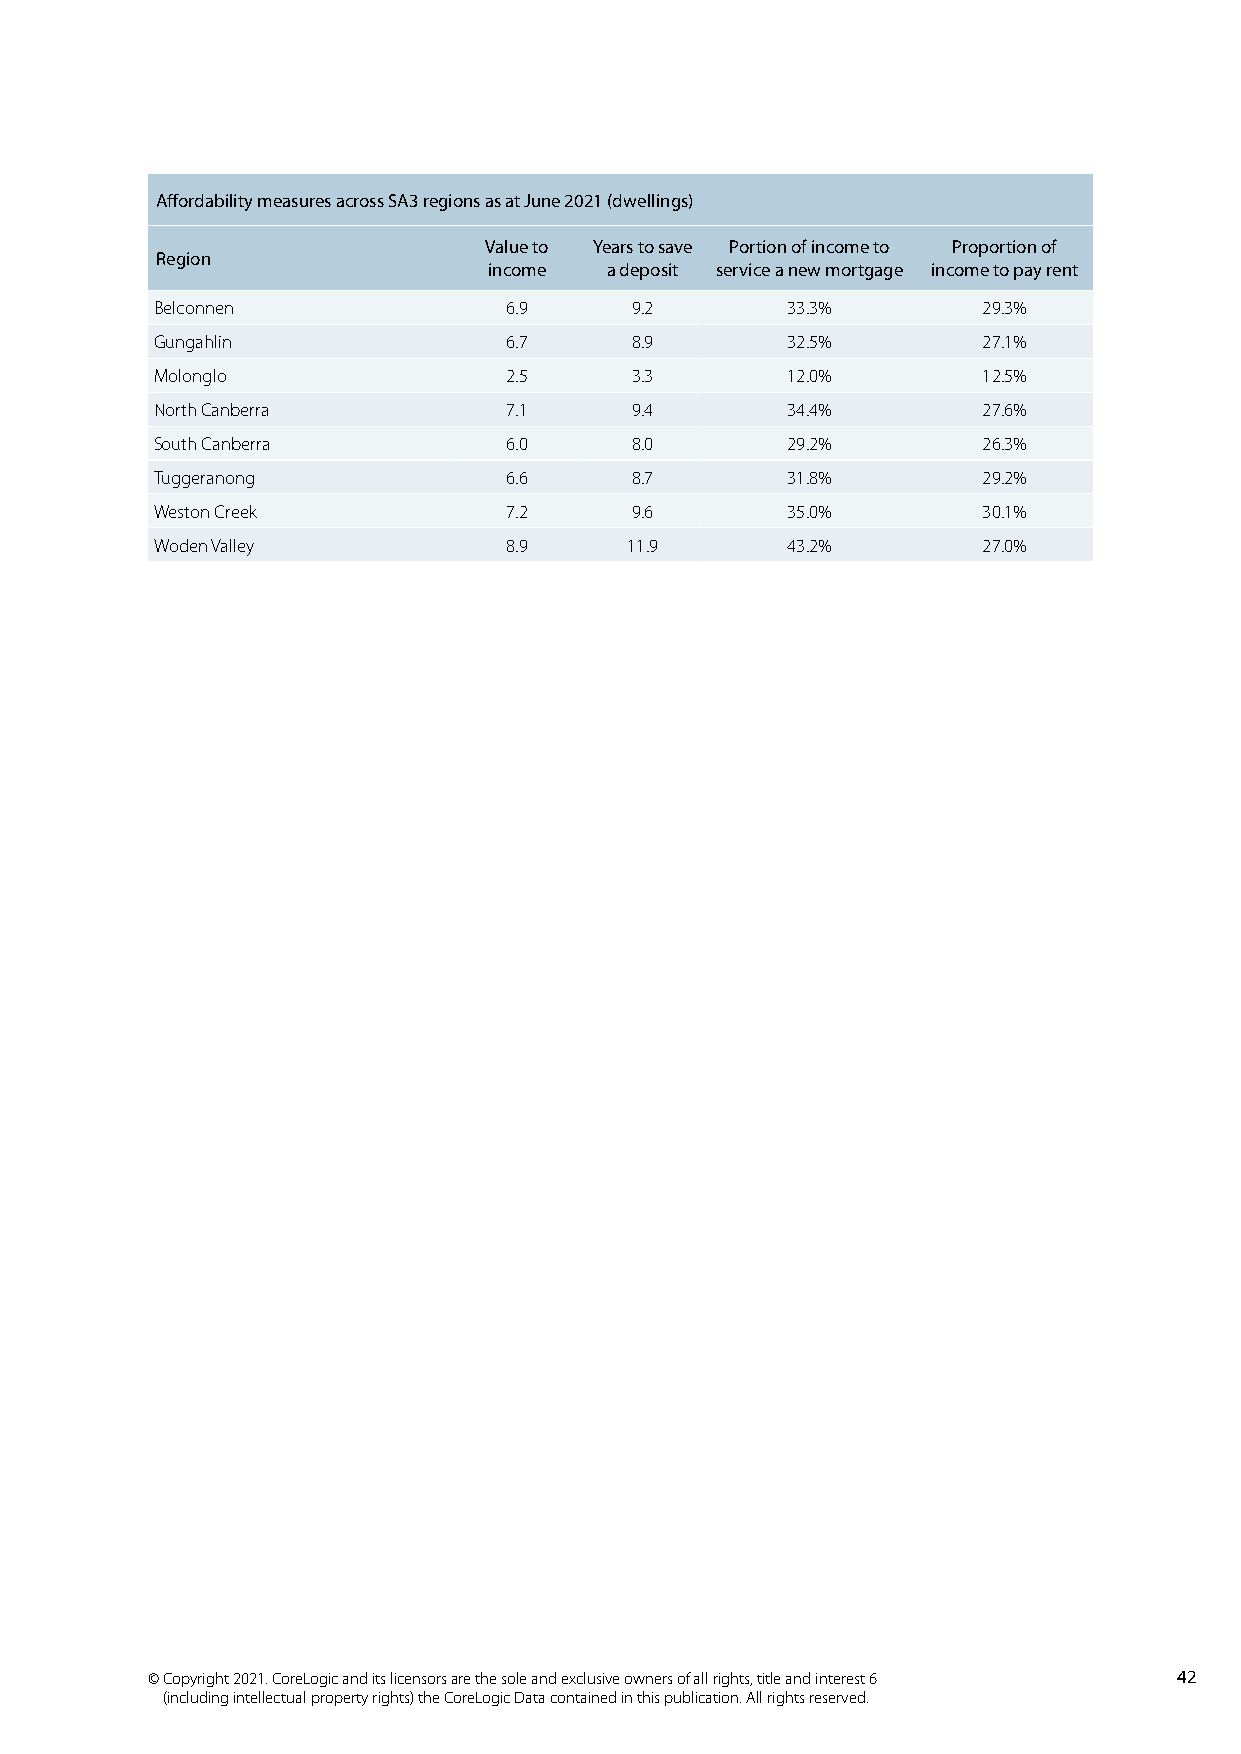
Affordability measures across SA3 regions as at June 2021 (dwellings)
 Value to Years to save Portion of income to Proportion of
 Region
 income  a deposit service a new mortgage income to pay rent
 Belconnen              6.9      9.2       33.3%        29.3%
 Gungahlin              6.7      8.9       32.5%        27.1%
 Molonglo               2.5      3.3       12.0%        12.5%
 North Canberra         7.1      9.4       34.4%        27.6%
 South Canberra         6.0      8.0       29.2%        26.3%
 Tuggeranong            6.6      8.7       31.8%        29.2%
 Weston Creek           7.2      9.6       35.0%        30.1%
 Woden Valley           8.9      11.9      43.2%        27.0%
 © Copyright 2021. CoreLogic and its licensors are the sole and exclusive owners of all rights, title and interest 6 42
 (including intellectual property rights) the CoreLogic Data contained in this publication. All rights reserved.